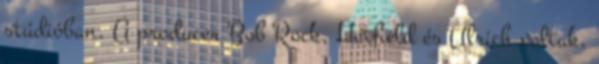
stúdióban. A producer Bob Rock, Hetfield és Ulrich voltak,